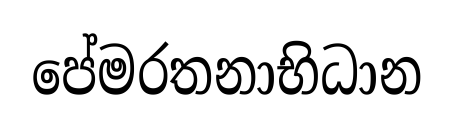
පේමරතනාභිධාන